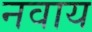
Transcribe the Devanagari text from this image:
नवाय